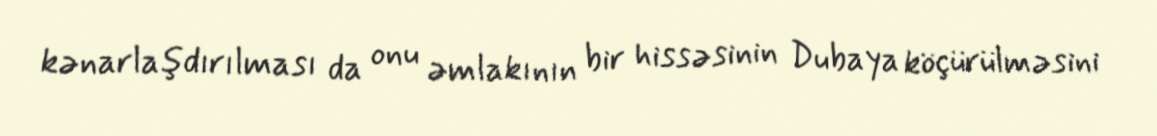
kənarlaşdırılması da onu əmlakının bir hissəsinin Dubaya köçürülməsini